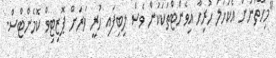
"މިހާތަނަށް އެކަހަލަ ހުރިހާ އިވެންޓްތަކަކުން ވެސް ލިބިފައި ހުރީ ވަރަށް ޕޮޒިޓިވް ކޮމެންޓްސް.